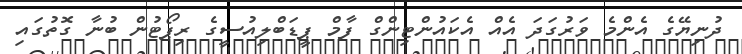
ދުނިޔޭގެ އެންމެ ވަރުގަދަ އެއް އެކައުންޓިންގް ފާމް ޕީޑަބްލިއުސީގެ ރިޕޯޓުން ބުނާ ގޮތުގައި